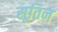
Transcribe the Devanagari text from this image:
सूतिन